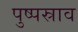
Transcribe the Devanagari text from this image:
पुष्पस्राव